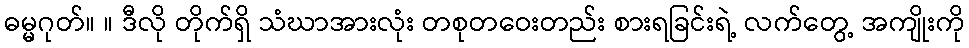
ဓမ္မဂုတ်။ ။ ဒီလို တိုက်ရှိ သံဃာအားလုံး တစုတဝေးတည်း စားရခြင်းရဲ့ လက်တွေ့ အကျိုးကို